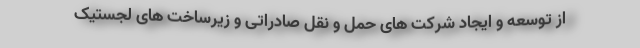
از توسعه و ایجاد شرکت های حمل و نقل صادراتی و زیرساخت های لجستیک